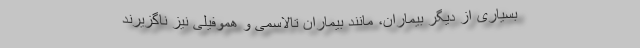
بسیاری از دیگر بیماران، مانند بیماران تالاسمی و هموفیلی نیز ناگزیرند